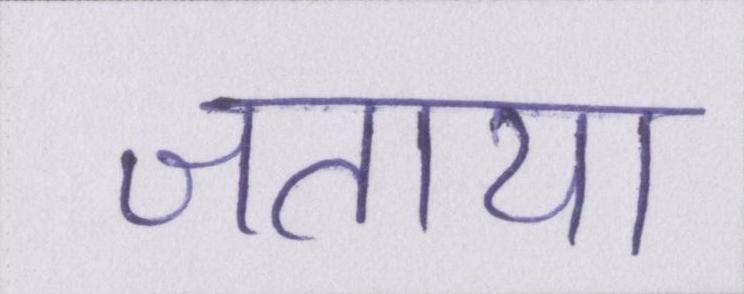
जताया